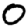
Digit: 0